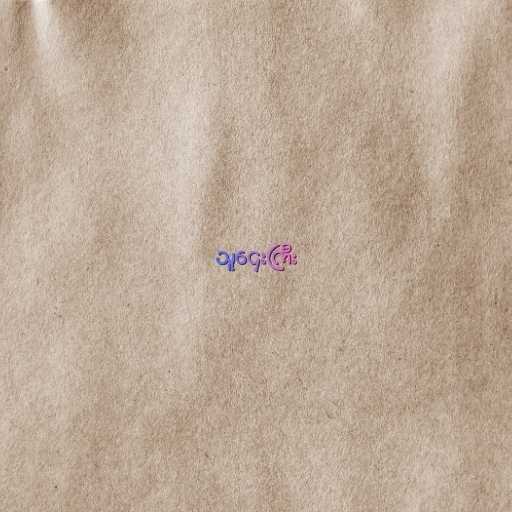
သူဌေးကြီး